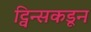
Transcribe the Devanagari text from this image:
ट्विन्सकडून